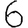
Digit: 6